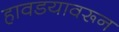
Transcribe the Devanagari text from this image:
हावडयावरून